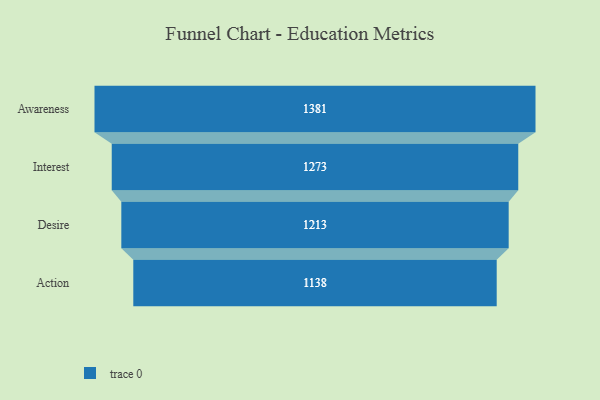
{"axis": {"x": "Stage", "y": "Value"}, "legend": [""], "data": [{"x": "Awareness", "y": 1381.0, "type": ""}, {"x": "Interest", "y": 1273.0, "type": ""}, {"x": "Desire", "y": 1213.0, "type": ""}, {"x": "Action", "y": 1138.0, "type": ""}]}